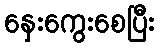
နှေးကွေးစေပြီး